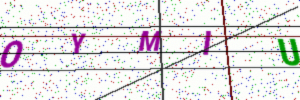
Text: OYMIU